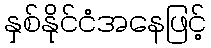
နှစ်နိုင်ငံအနေဖြင့်